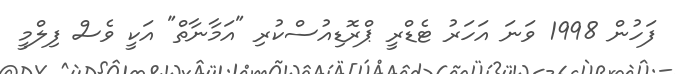
ފަހުން 1998 ވަނަ އަހަރު ޓެޑްރީ ޕްރޮޑިއުސްކުރި "އަމާނާތް" އަކީ ވެސް ފިލްމީ